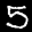
Label: 5